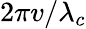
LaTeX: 2\pi v/\lambda_{c}